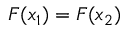
\boldsymbol { F } ( \boldsymbol { x } _ { 1 } ) = \boldsymbol { F } ( \boldsymbol { x } _ { 2 } )